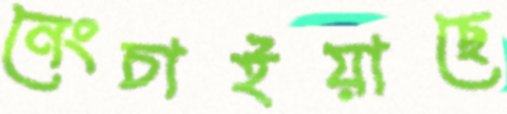
নেংচাইয়াছে